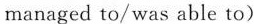
managed to/was able to)